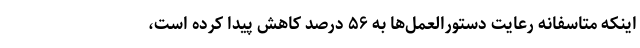
اینکه متاسفانه رعایت دستورالعمل‌ها به ۵۶ درصد کاهش پیدا کرده است،